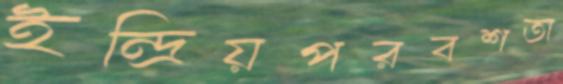
ইন্দ্রিয়পরবশতা